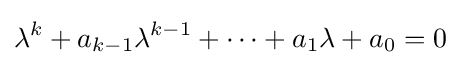
\lambda ^{k}+a_{k-1}\lambda ^{k-1}+\cdots +a_{1}\lambda +a_{0}=0